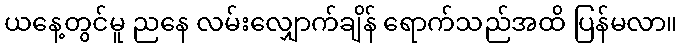
ယနေ့တွင်မူ ညနေ လမ်းလျှောက်ချိန် ရောက်သည်အထိ ပြန်မလာ။